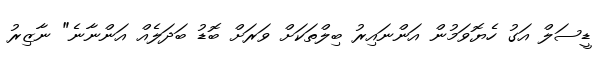
ޑީސަލް އަގު ހެޔޮވަމުން އަންނައިރު ބިލްތަކަށް ވަރަށް ބޮޑު ބަދަލެއް އަންނާނެ" ނާޒިރު